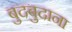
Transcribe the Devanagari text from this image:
बुदबुदाना